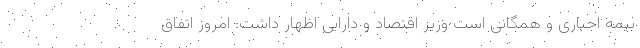
بیمه اجباری و همگانی است وزیر اقتصاد و دارایی اظهار داشت: امروز اتفاق